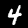
Label: 4